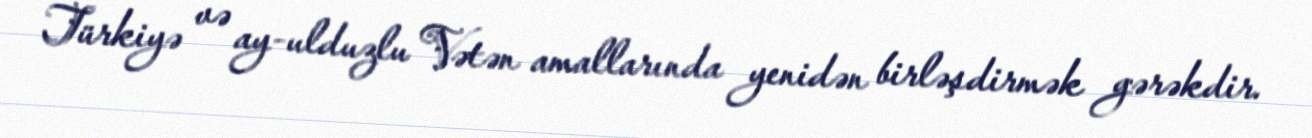
Türkiyə və ay-ulduzlu Vətən amallarında yenidən birləşdirmək gərəkdir.